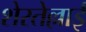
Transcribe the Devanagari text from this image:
शेरतेल्लाई